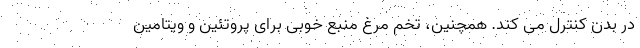
در بدن کنترل می کند. همچنین، تخم مرغ منبع خوبی برای پروتئین و ویتامین